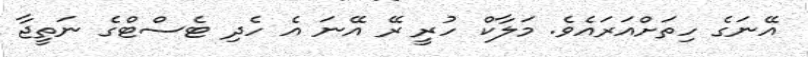
އޭނަގެ ހިތަށްއަރައެވެ. މަލާކް ހުރީ ރޭ އޭނަ އެ ހެދި ޓެސްޓްގެ ނަތީޖާ